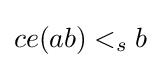
ce(ab)<_{s}b